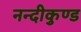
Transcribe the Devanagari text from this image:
नन्दीकुण्ड